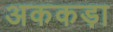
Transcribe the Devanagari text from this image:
अककड़ा